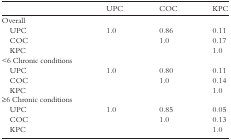
|  | UPC | COC | KPC |
 | --- | --- | --- | --- |
 | Overall |  |  |  |
 | UPC | 1.0 | 0.86 | 0.11 |
 | COC |  | 1.0 | 0.17 |
 | KPC |  |  | 1.0 |
 | <6 Chronic conditions |  |  |  |
 | UPC | 1.0 | 0.80 | 0.11 |
 | COC |  | 1.0 | 0.14 |
 | KPC |  |  | 1.0 |
 | ≥6 Chronic conditions |  |  |  |
 | UPC | 1.0 | 0.85 | 0.05 |
 | COC |  | 1.0 | 0.13 |
 | KPC |  |  | 1.0 |